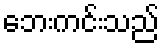
ဘေးကင်းသည်